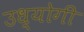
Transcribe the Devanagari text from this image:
उध्योगी